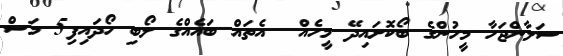
ސަލާންޖަހާ މީހުންގެ ބޯކޮށައިދޭ މީހެއް  އެތައް ބައެއްގެ ލޯބި ހޯދައިފި5 މަސް